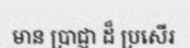
មាន ប្រាជ្ញា ដ៏ ប្រសើរ